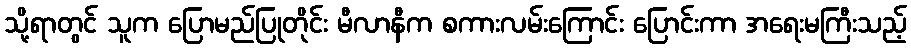
သို့ရာတွင် သူက ပြောမည်ပြုတိုင်း မီလာနီက စကားလမ်းကြောင်း ပြောင်းကာ အရေးမကြီးသည့်